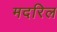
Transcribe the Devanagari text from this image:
मदरिल